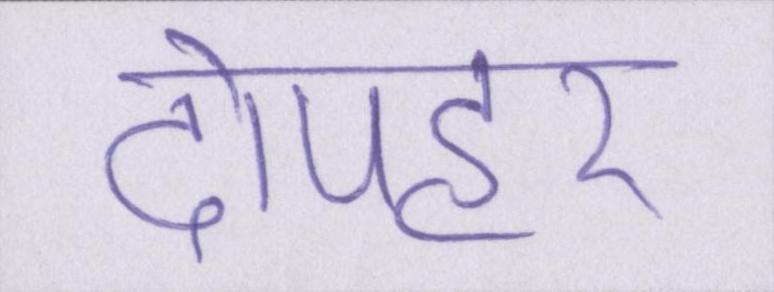
दोपहर